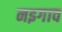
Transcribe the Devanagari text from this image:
नइगाव